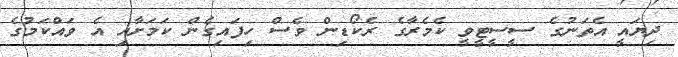
ދިޔައީ އެތަނުގެ ސީސީޓީވީ ކެމެރާގެ ރެކޯޑިން ވެސް ހިފައިގެން ކަމަށާއި އެ ވައްކަމުގެ